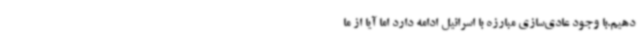
دهیم.با وجود عادی‌سازی مبارزه با اسرائیل ادامه دارد اما آیا از ما